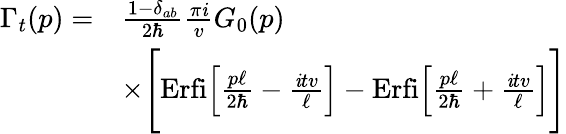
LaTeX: \begin{array}{rl}{\Gamma_{t}(p)=}&{\frac{1-\delta_{ab}}{2\hbar}\frac{\pi{\mathit i}}{v}G_{0}(p)}\\ &{\times\Bigg[\mathrm{Erfi}\Big[\frac{p\ell}{2\hbar}-\frac{{\mathit i}tv}{\ell}\Big]-\mathrm{Erfi}\Big[\frac{p\ell}{2\hbar}+\frac{{\mathit i}tv}{\ell}\Big]\Bigg]}\end{array}